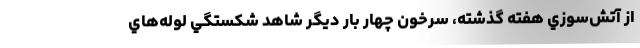
از آتش‌سوزي هفته گذشته، سرخون چهار بار ديگر شاهد شكستگي لوله‌هاي